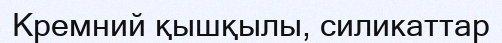
Кремний қышқылы, силикаттар